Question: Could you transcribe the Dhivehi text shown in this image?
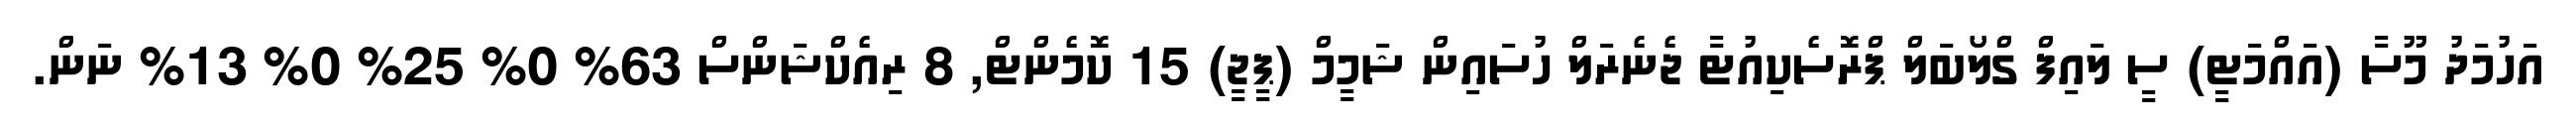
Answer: އަހުމަދު މޫސާ (އައްމަޓީ) ސީ ލައިފް ގްލޯބަލް ޕްރޮސެކިއުޓާ ޖެނެރަލް ހުސައިން ޝަމީމް (ޕީޖީ) 15 ކޮމެންޓް, 8 ރިއެކްޝަންސް 63% 0% 25% 0% 13% ނަން.